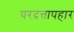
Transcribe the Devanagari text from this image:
परदत्तापहार